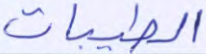
الطيبات